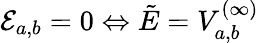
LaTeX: \mathcal{E}_{a,b}=0\Leftrightarrow\tilde{E}=V_{a,b}^{(\infty)}